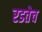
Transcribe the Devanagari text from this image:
रडतेच